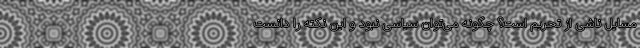
مسایل ناشی از تحریم است؟ چگونه می‌توان سیاسی نبود و این نکته را دانست